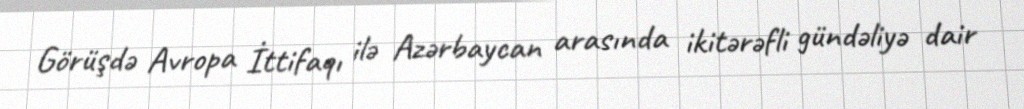
Görüşdə Avropa İttifaqı ilə Azərbaycan arasında ikitərəfli gündəliyə dair